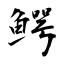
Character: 鰐